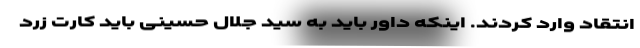
انتقاد وارد کردند. اینکه داور باید به سید جلال حسینی باید کارت زرد